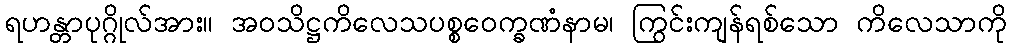
ရဟန္တာပုဂ္ဂိုလ်အား။ အဝသိဋ္ဌကိလေသပစ္စဝေက္ခဏံနာမ၊ ကြွင်းကျန်ရစ်သော ကိလေသာကို